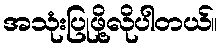
အသုံးပြုဖို့လိုပါတယ်။